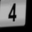
Digit: 4